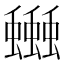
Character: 𧔗